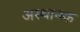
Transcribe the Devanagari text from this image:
अस्थानक